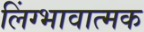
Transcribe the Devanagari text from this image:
लिंग्भावात्मक